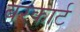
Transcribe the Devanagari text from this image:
बरकार्ट